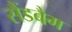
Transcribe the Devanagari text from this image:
सैंडबैग